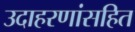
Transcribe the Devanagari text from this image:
उदाहरणांसहित